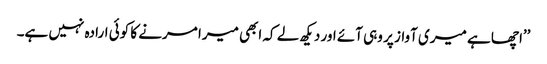
’’اچھا ہے میری آواز پر وہی آئے اور دیکھ لے کہ ابھی میرا مرنے کا کوئی ارادہ نہیں ہے۔